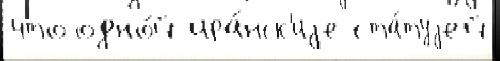
что одно́й ира́нск'иjе ста́туjей